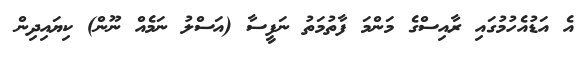
އެ އަޑުއެހުމުގައި ރާއިސްގެ މަންމަ ފާތުމަތު ނަފީސާ (އަސްލު ނަމެއް ނޫން) ކިޔައިދިން